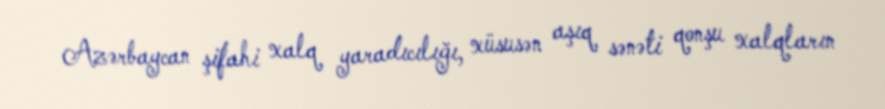
Azərbaycan şifahi xalq yaradıcılığı, xüsusən aşıq sənəti qonşu xalqların